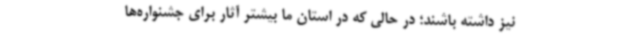
نیز داشته ‌باشند؛ در حالی که در استان ما بیشتر آثار برای جشنواره‌ها